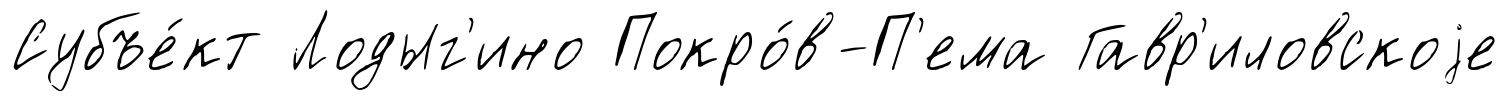
Субъе́кт Лодыг'ино Покро́в-П'ема Гавр'иловскоjе